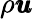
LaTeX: \rho\pmb{u}